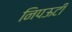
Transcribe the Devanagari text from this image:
निपऊटी